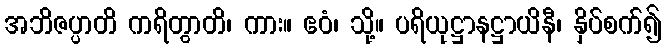
အဘိဇပ္ပာတိ ကရိတွာတိ၊ ကား။ ဧဝံ၊ သို့။ ပရိယုဋ္ဌာနဋ္ဌာယိနီ၊ နှိပ်စက်၍